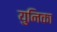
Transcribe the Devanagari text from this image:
युनिका